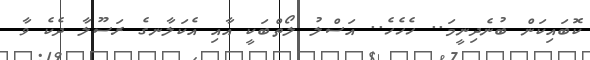
ކޮބައިކަން ބުނެދިނީމަ.. ހެހެހެ.. އަސްލު ލޯތްބަކީ އާއި އެކަލާނގެ ރަސޫލާ ދެކެ ވާ